Civil Veterinary Dept. Bombay admin report 1932-41 - 1932-1941
Year: 1932
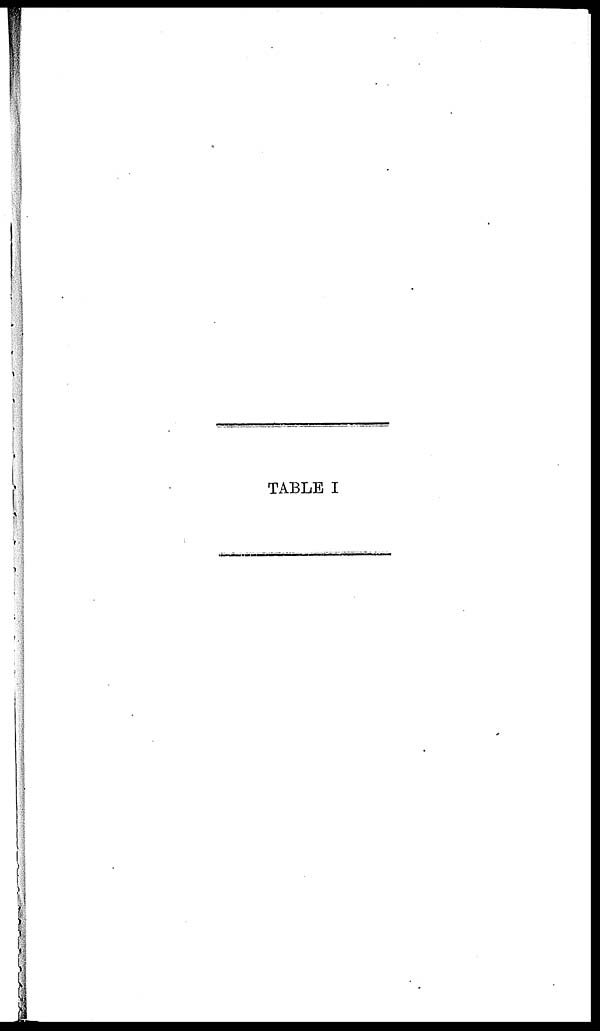
TABLE I